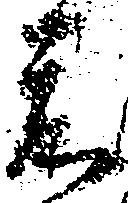
前